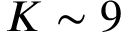
K \sim 9